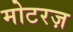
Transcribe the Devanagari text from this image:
मोटरज़